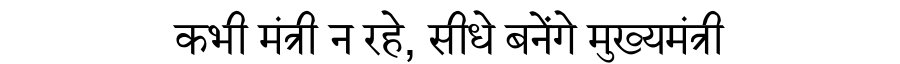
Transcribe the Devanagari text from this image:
कभी मंत्री न रहे, सीधे बनेंगे मुख्यमंत्री